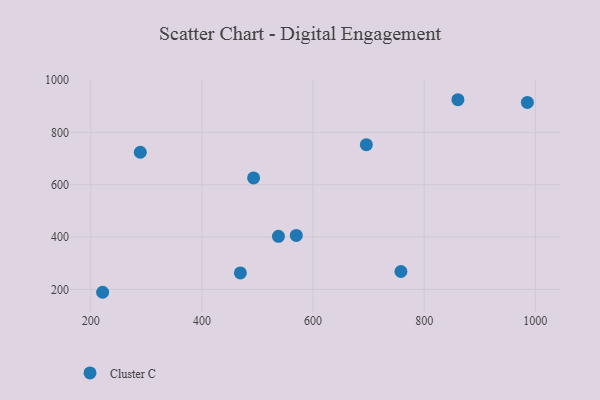
{"axis": {"x": "Experience", "y": "Demand"}, "legend": ["Cluster C"], "data": [{"x": "985.7", "y": 914.4, "type": "Cluster C"}, {"x": "569.8", "y": 406.4, "type": "Cluster C"}, {"x": "537.7", "y": 402.9, "type": "Cluster C"}, {"x": "493.0", "y": 626.2, "type": "Cluster C"}, {"x": "695.9", "y": 753.1, "type": "Cluster C"}, {"x": "860.7", "y": 924.9, "type": "Cluster C"}, {"x": "221.3", "y": 189.3, "type": "Cluster C"}, {"x": "758.1", "y": 268.7, "type": "Cluster C"}, {"x": "469.2", "y": 263.4, "type": "Cluster C"}, {"x": "289.1", "y": 724.2, "type": "Cluster C"}]}